Source: Handwritten
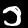
Digit: ၁ (1)